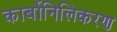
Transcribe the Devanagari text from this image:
कार्बोनिलिकरण